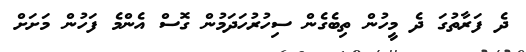
ދެ ފަރާތުގަ ދެ މީހުން ތިބެގެން ސިހުރުހަދަމުން ގޮސް އެންމެ ފަހުން މަށަށް